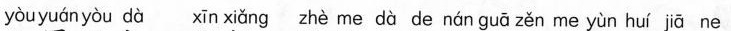
yòuyuán yòu dà xīn xiǎng zhè me dà de nán guā zěn me yùn huí jiā ne